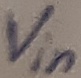
Text: Vin